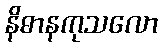
နိဓာနကုသလော